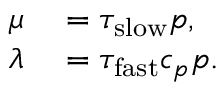
\begin{array} { r l } { \mu } & { { } = \tau _ { \mathrm { s l o w } } p , } \\ { \lambda } & { { } = \tau _ { \mathrm { f a s t } } c _ { p } p . } \end{array}